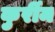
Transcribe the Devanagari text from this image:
कुर्रीम